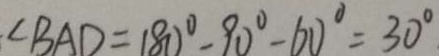
\angle B A D = 1 8 0 ^ { \circ } - 9 0 ^ { \circ } - 6 0 ^ { \circ } = 3 0 ^ { \circ }